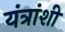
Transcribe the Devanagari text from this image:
यंत्रांशी